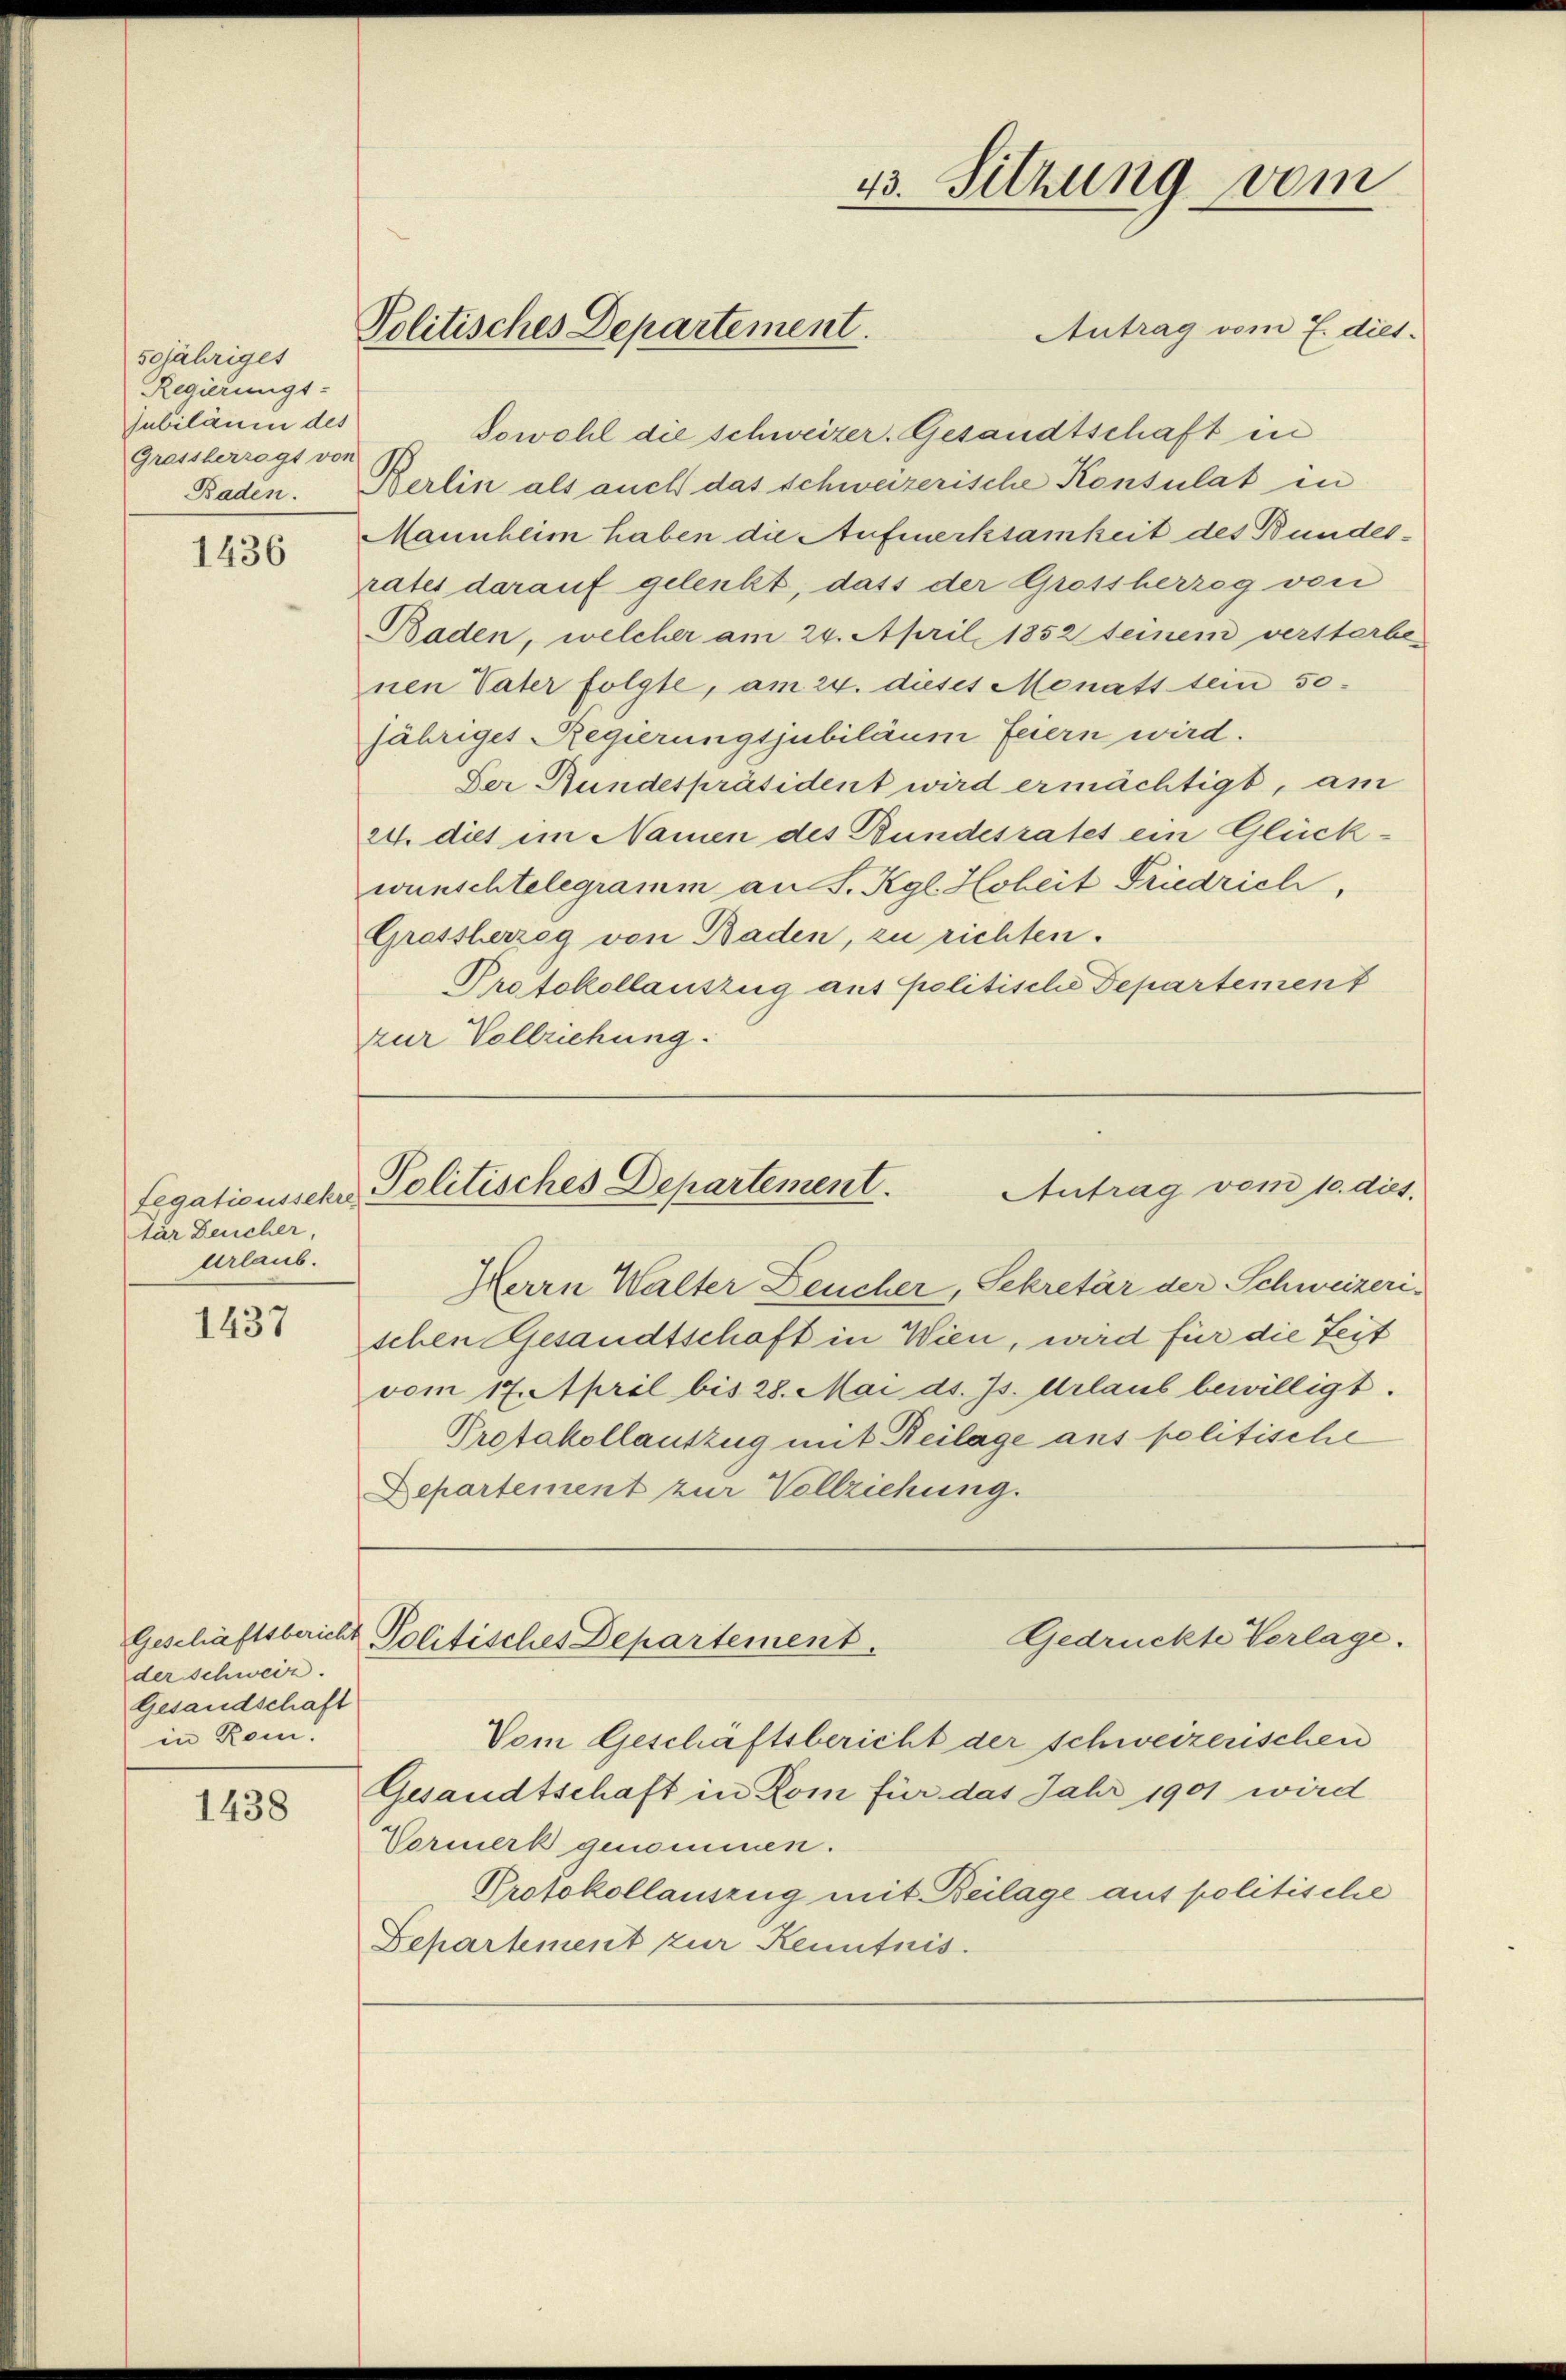
sojähriget
Regierungs-
Jubiläum des
Grassberrogt von
Baden.

1436

tar Deucher,
Urlaub.

1437

der schweiz.
Gesandschaft
in Rom.

1438

13. Sitzung vom
Antrag vom 7. dies.
Politisches Departement.

Sowohl die schweizer. Gesandtschaft in
Berlin als auch das schweizerische Konsulat in
Mannheim haben die Aufmerksamkeit des Bundesrates darauf gelenkt, dass der Grossherzog von
Baden, welcher am 24. April 1852 seinem verstarbe
nen Vater folgte, am 24. dieses Monats sein 50
jähriges Regierungsjubiläum feiern wird.
Der Rundespräsident wird ermächtigt, am
24. dies im Namen des Bundesrates ein Glückwünschtelegramm an S. Kgl. Hoheit Friedrich,
Grassherzog von Baden, zu richten.
Protokollauszug aus politische Departement
zur Vollziehung.

Herrn Walter Leucher, Sekretär der Schweizeri-
schen Gesandtschaft in Wien, wird für die Zeit
vom 17. April bis 28. Mai ds. Js. Urlaub bewilligt.
Protokollauszug mit Beilage aus politische
Departement zur Vollziehung.

Antrag vom 10. dies
Legationssche Politisches Departement.

Vom Geschäftsbericht der schweizerischen
Gesandtschaft in Rom für das Jahr 1901 wird
Vormerk genommen.
Protokollauszug mit Beilage aus politische
Departement zur Kenntnis.

Gedrückte Verlage.
Geschäftsbericht Politisches Departement.